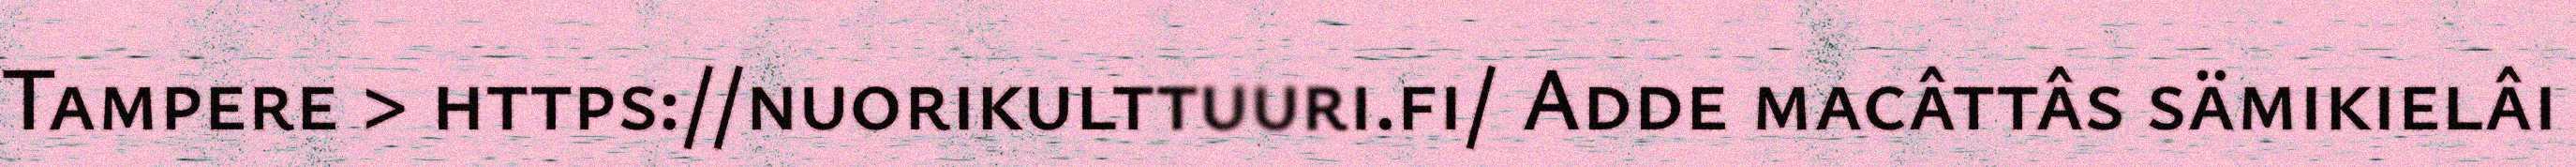
Tampere > https://nuorikulttuuri.fi/ Adde macâttâs sämikielâi